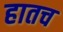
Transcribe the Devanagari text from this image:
हातच